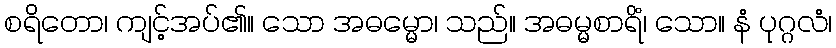
စရိတော၊ ကျင့်အပ်၏။ သော အဓမ္မော၊ သည်။ အဓမ္မစာရိံ၊ သော။ နံ ပုဂ္ဂလံ၊